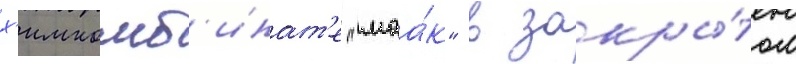
х'имкомб'инат'е "маа́к" в закры́том